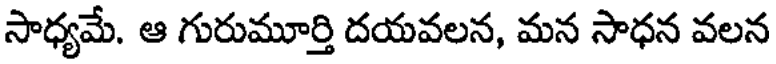
సాధ్యమే. ఆ గురుమూర్తి దయవలన, మన సాధన వలన